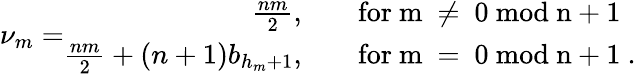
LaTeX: \nu_{m}=\begin{array}{rl}{{\frac{nm}{2},}}&{{\quad\mathrm{for~m~\ne~0~mod~n+1~}}}\\ {{\frac{nm}{2}+(n+1)b_{h_{m}+1},}}&{{\quad\mathrm{for~m~=~0~mod~n+1~}.}}\end{array}